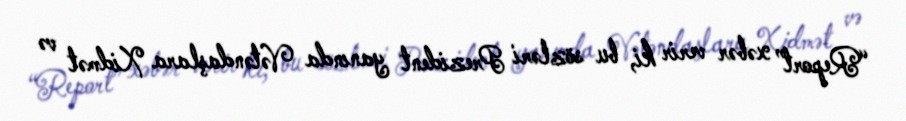
“Report” xəbər verir ki, bu sözləri Prezident yanında Vətəndaşlara Xidmət və